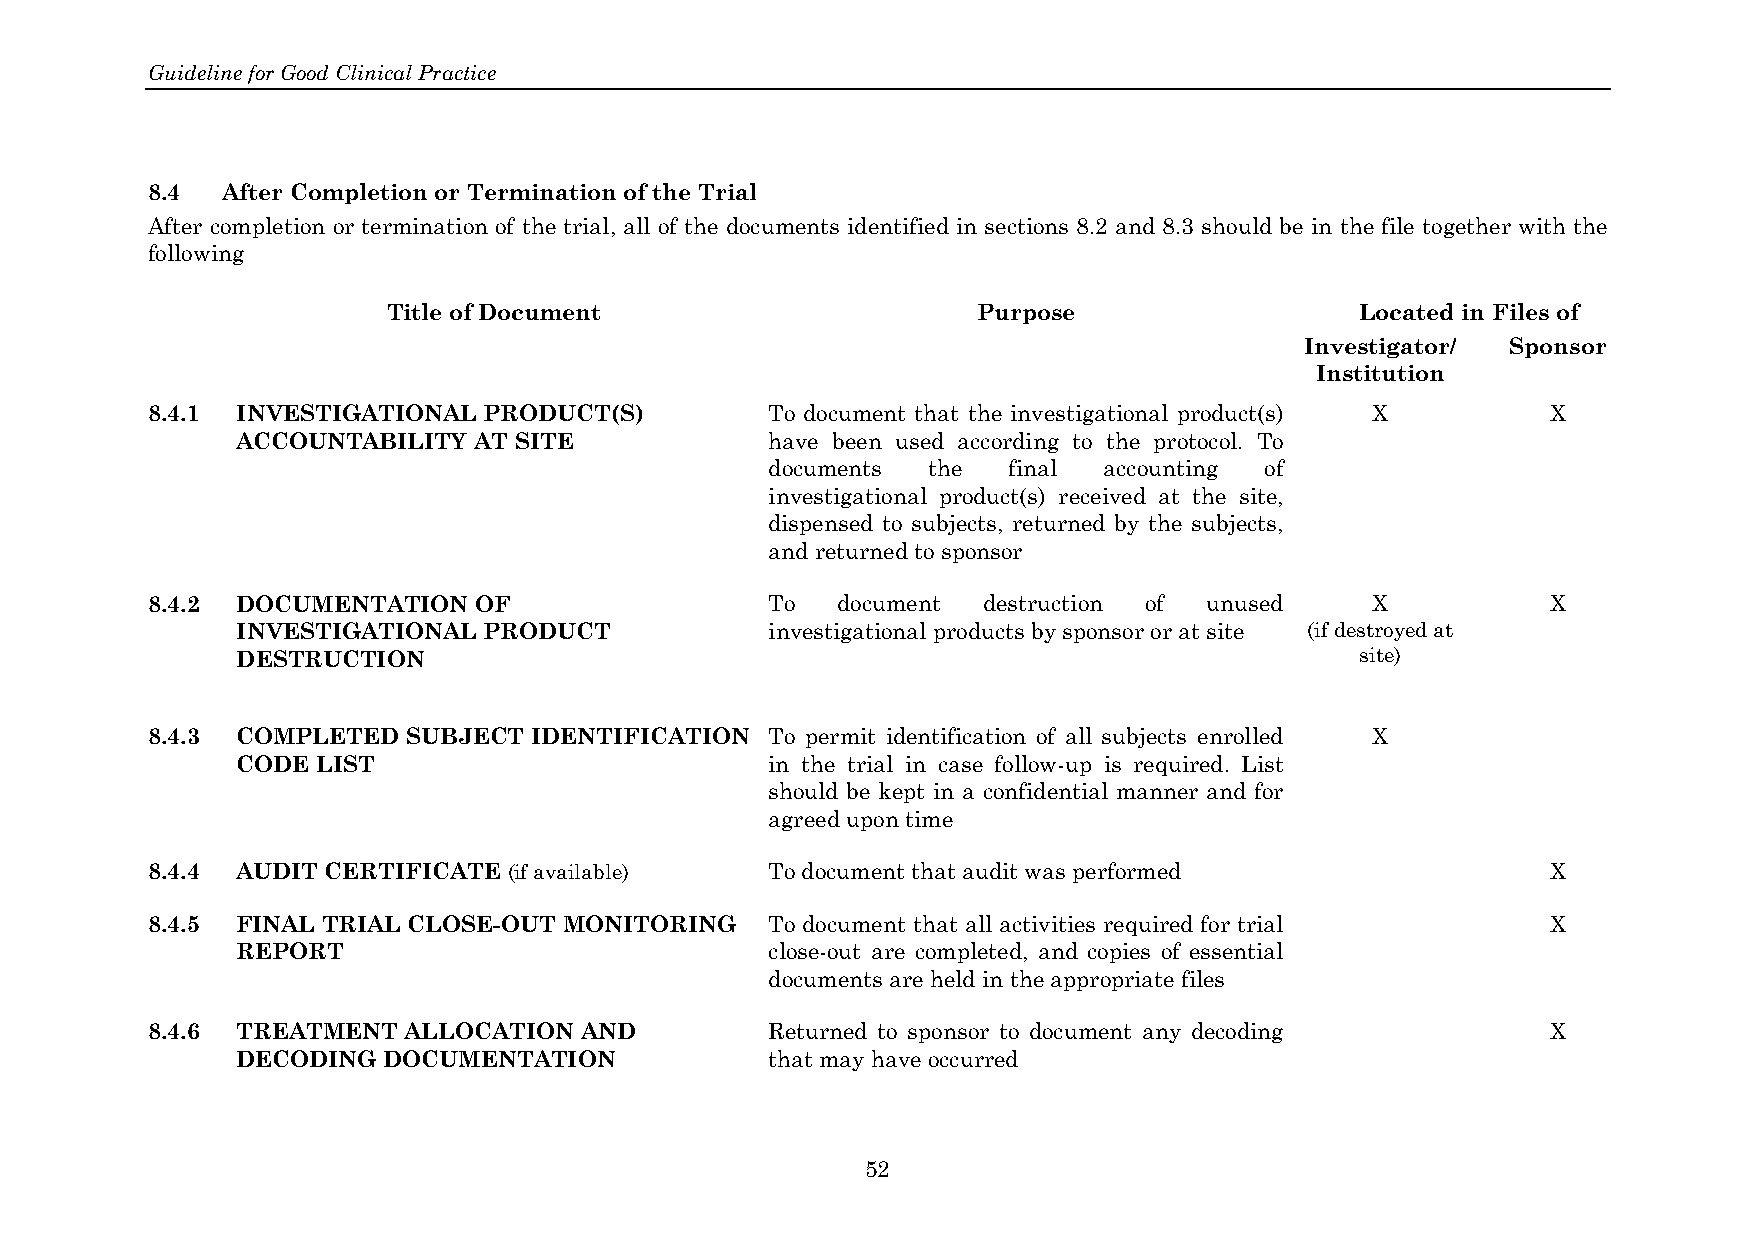
Guideline for Good Clinical Practice
 8.4  After Completion or Termination of the Trial
 After completion or termination of the trial, all of the documents identified in sections 8.2 and 8.3 should be in the file together with the
 following
 Title of Document                      Purpose                  Located in Files of
 Investigator/ Sponsor
 Institution
 8.4.1 INVESTIGATIONAL PRODUCT(S)         To document that the investigational product(s) X   X
 ACCOUNTABILITY AT SITE             have been used according to the protocol. To
 documents the   final accounting of
 investigational product(s) received at the site,
 dispensed to subjects, returned by the subjects,
 and returned to sponsor
 8.4.2 DOCUMENTATION  OF                  To  document  destruction of unused     X           X
 INVESTIGATIONAL PRODUCT            investigational products by sponsor or at site (if destroyed at
 DESTRUCTION                                                               site)
 8.4.3 COMPLETED  SUBJECT IDENTIFICATION  To permit identification of all subjects enrolled X
 CODE LIST                          in the trial in case follow-up is required. List
 should be kept in a confidential manner and for
 agreed upon time
 8.4.4 AUDIT CERTIFICATE (if available)   To document that audit was performed                X
 8.4.5 FINAL TRIAL CLOSE-OUT MONITORING   To document that all activities required for trial  X
 REPORT                             close-out are completed, and copies of essential
 documents are held in the appropriate files
 8.4.6 TREATMENT  ALLOCATION AND          Returned to sponsor to document any decoding        X
 DECODING DOCUMENTATION             that may have occurred
 52